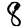
Digit: 8